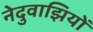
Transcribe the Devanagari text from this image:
नेदुवाझियों